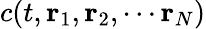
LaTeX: c(t,{\mathbf r}_{1},{\mathbf r}_{2},\cdots{\mathbf r}_{N})